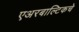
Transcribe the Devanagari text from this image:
एअरबाल्टिकचे